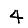
Digit: 4